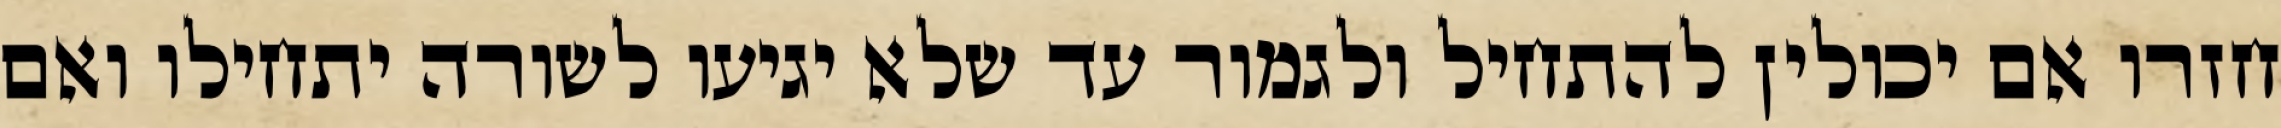
חזרו אם יכולין להתחיל ולגמור עד שלא יגיעו לשורה יתחילו ואם